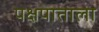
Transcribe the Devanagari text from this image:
पक्षपाताला